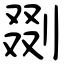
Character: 剟